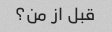
قبل از من؟